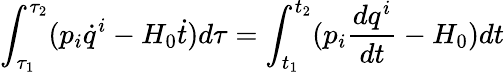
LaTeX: \int_{\tau_{1}}^{\tau_{2}}(p_{i}\dot{q}^{i}-H_{0}\dot{t})d\tau=\int_{t_{1}}^{t_{2}}(p_{i}\frac{dq^{i}}{dt}-H_{0})dt